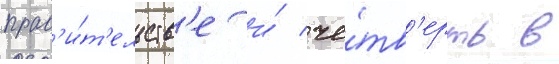
прав'и́т'ельств'е и́ че́тв'ерть в